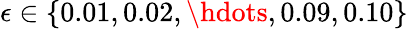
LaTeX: \epsilon\in\{ 0.01,0.02,\hdots,0.09,0.10\}